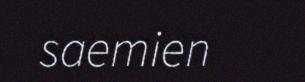
saemien